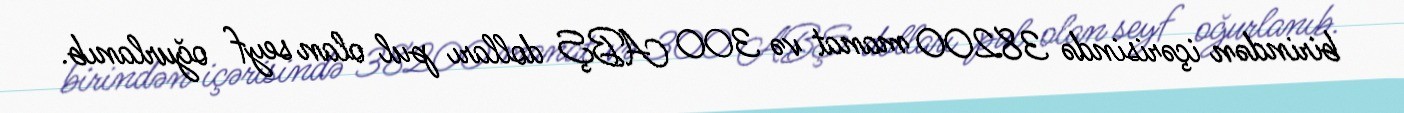
birindən içərisində 38200 manat və 300 ABŞ dolları pul olan seyf oğurlanıb.